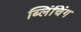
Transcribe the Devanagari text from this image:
ब्लिंचिंग